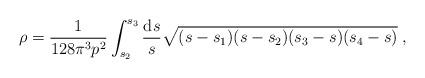
LaTeX: \begin{align*}\rho = \frac{1}{128\pi^3 p^2}\int_{s_2}^{s_3} \frac{{\rm d}s}{s} \sqrt{(s-s_1)(s-s_2)(s_3-s)(s_4-s)} \; ,\end{align*}